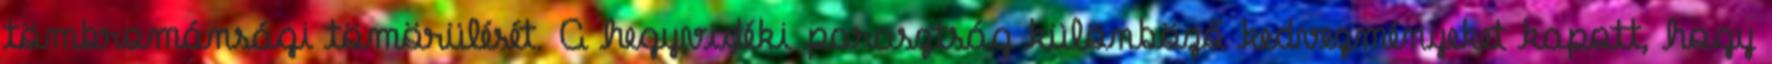
tömbrománsági tömörülését. A hegyvidéki parasztság különböző kedvezményeket kapott, hogy